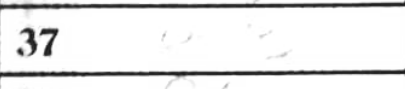
Transcription: a3